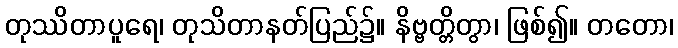
တုဿိတာပူရေ၊ တုသိတာနတ်ပြည်၌။ နိဗ္ဗတ္တိတွာ၊ ဖြစ်၍။ တတော၊